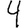
Digit: 4